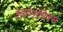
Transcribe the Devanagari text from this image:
इकोनामिक्स